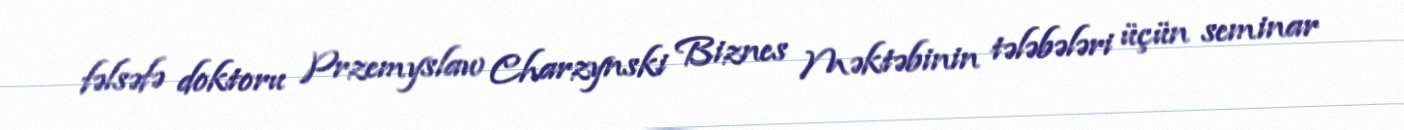
fəlsəfə doktoru Przemyslaw Charzynski Biznes Məktəbinin tələbələri üçün seminar